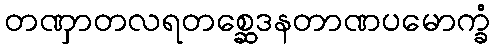
တဏှာတလရတစ္ဆေဒနတာဏပမောက္ခံ